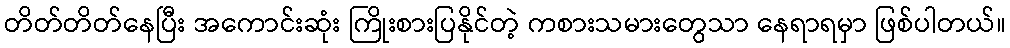
တိတ်တိတ်နေပြီး အကောင်းဆုံး ကြိုးစားပြနိုင်တဲ့ ကစားသမားတွေသာ နေရာရမှာ ဖြစ်ပါတယ်။